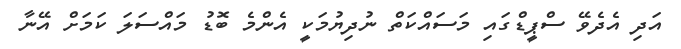
އަދި އެދެވޭ ސްޕީޑްގައި މަސައްކަތް ނުދިޔުމަކީ އެންމެ ބޮޑު މައްސަލަ ކަމަށް އޭނާ